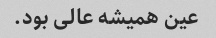
عین همیشه عالی بود.